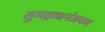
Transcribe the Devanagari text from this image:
सुभद्राधनंजयम